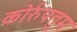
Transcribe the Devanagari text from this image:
कोर्रुपतुम